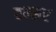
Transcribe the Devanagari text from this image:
वल्सर